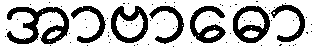
အာဗာဓော